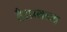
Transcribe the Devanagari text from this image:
है।प्रबन्ध